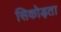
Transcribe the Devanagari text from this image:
सिकोड़ता